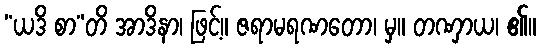
“ယဒိ စာ”တိ အာဒိနာ၊ ဖြင့်။ ဇရာမရဏတော၊ မှ။ တဏှာယ၊ ၏။